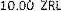
10.00 ZRL